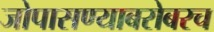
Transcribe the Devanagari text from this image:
जोपासण्याबरोबरच